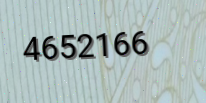
4652166